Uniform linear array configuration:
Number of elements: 24
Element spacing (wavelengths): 0.75
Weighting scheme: cosine
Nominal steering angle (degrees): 0
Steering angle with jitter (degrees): -1.559
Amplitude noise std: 0.05
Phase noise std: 0.05

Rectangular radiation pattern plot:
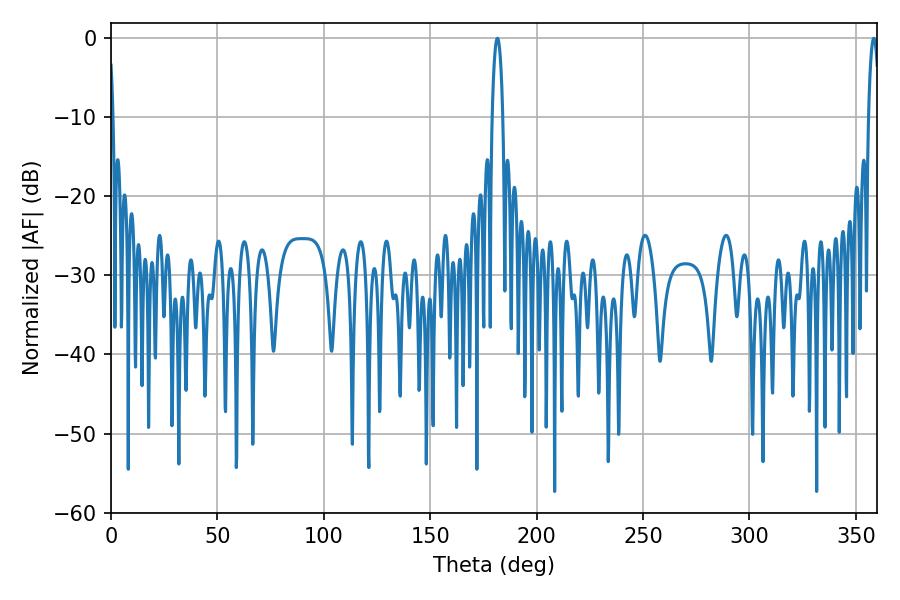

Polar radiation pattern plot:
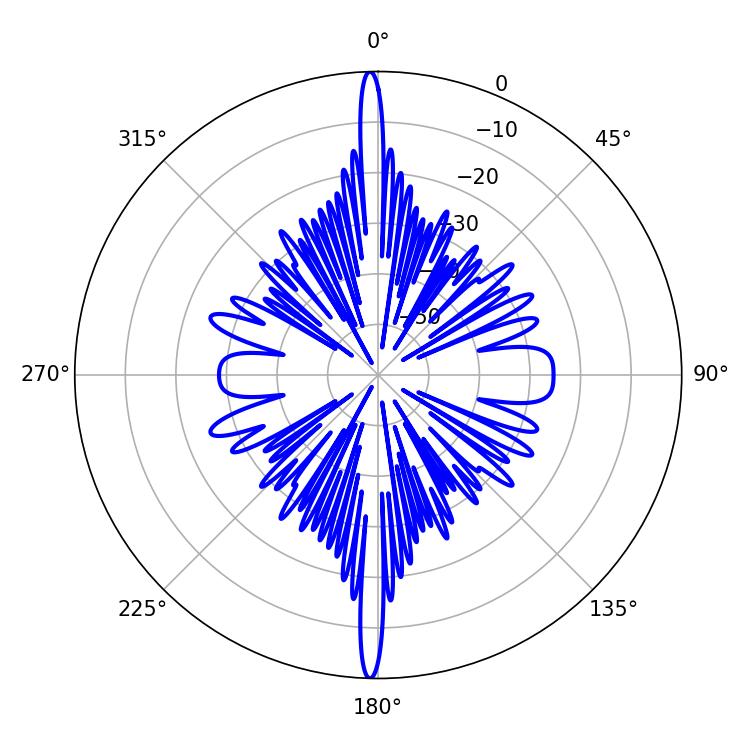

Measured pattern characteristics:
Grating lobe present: TRUE
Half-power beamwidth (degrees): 2.7
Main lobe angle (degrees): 181.62